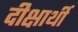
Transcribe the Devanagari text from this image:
दीक्षार्थी